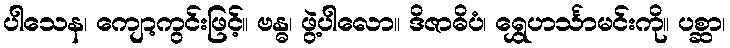
ပါသေန၊ ကျော့ကွင်းဖြင့်။ ဗန္ဓ၊ ဖွဲ့ပါလော။ ဒိဇာဓိပံ၊ ရွှေဟင်္သာမင်းကို။ ပစ္ဆာ၊